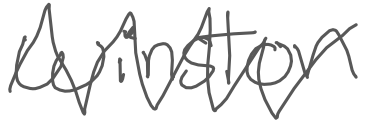
Text: Winston
Cross-out: zig-zag
Writing tool: digital_gray